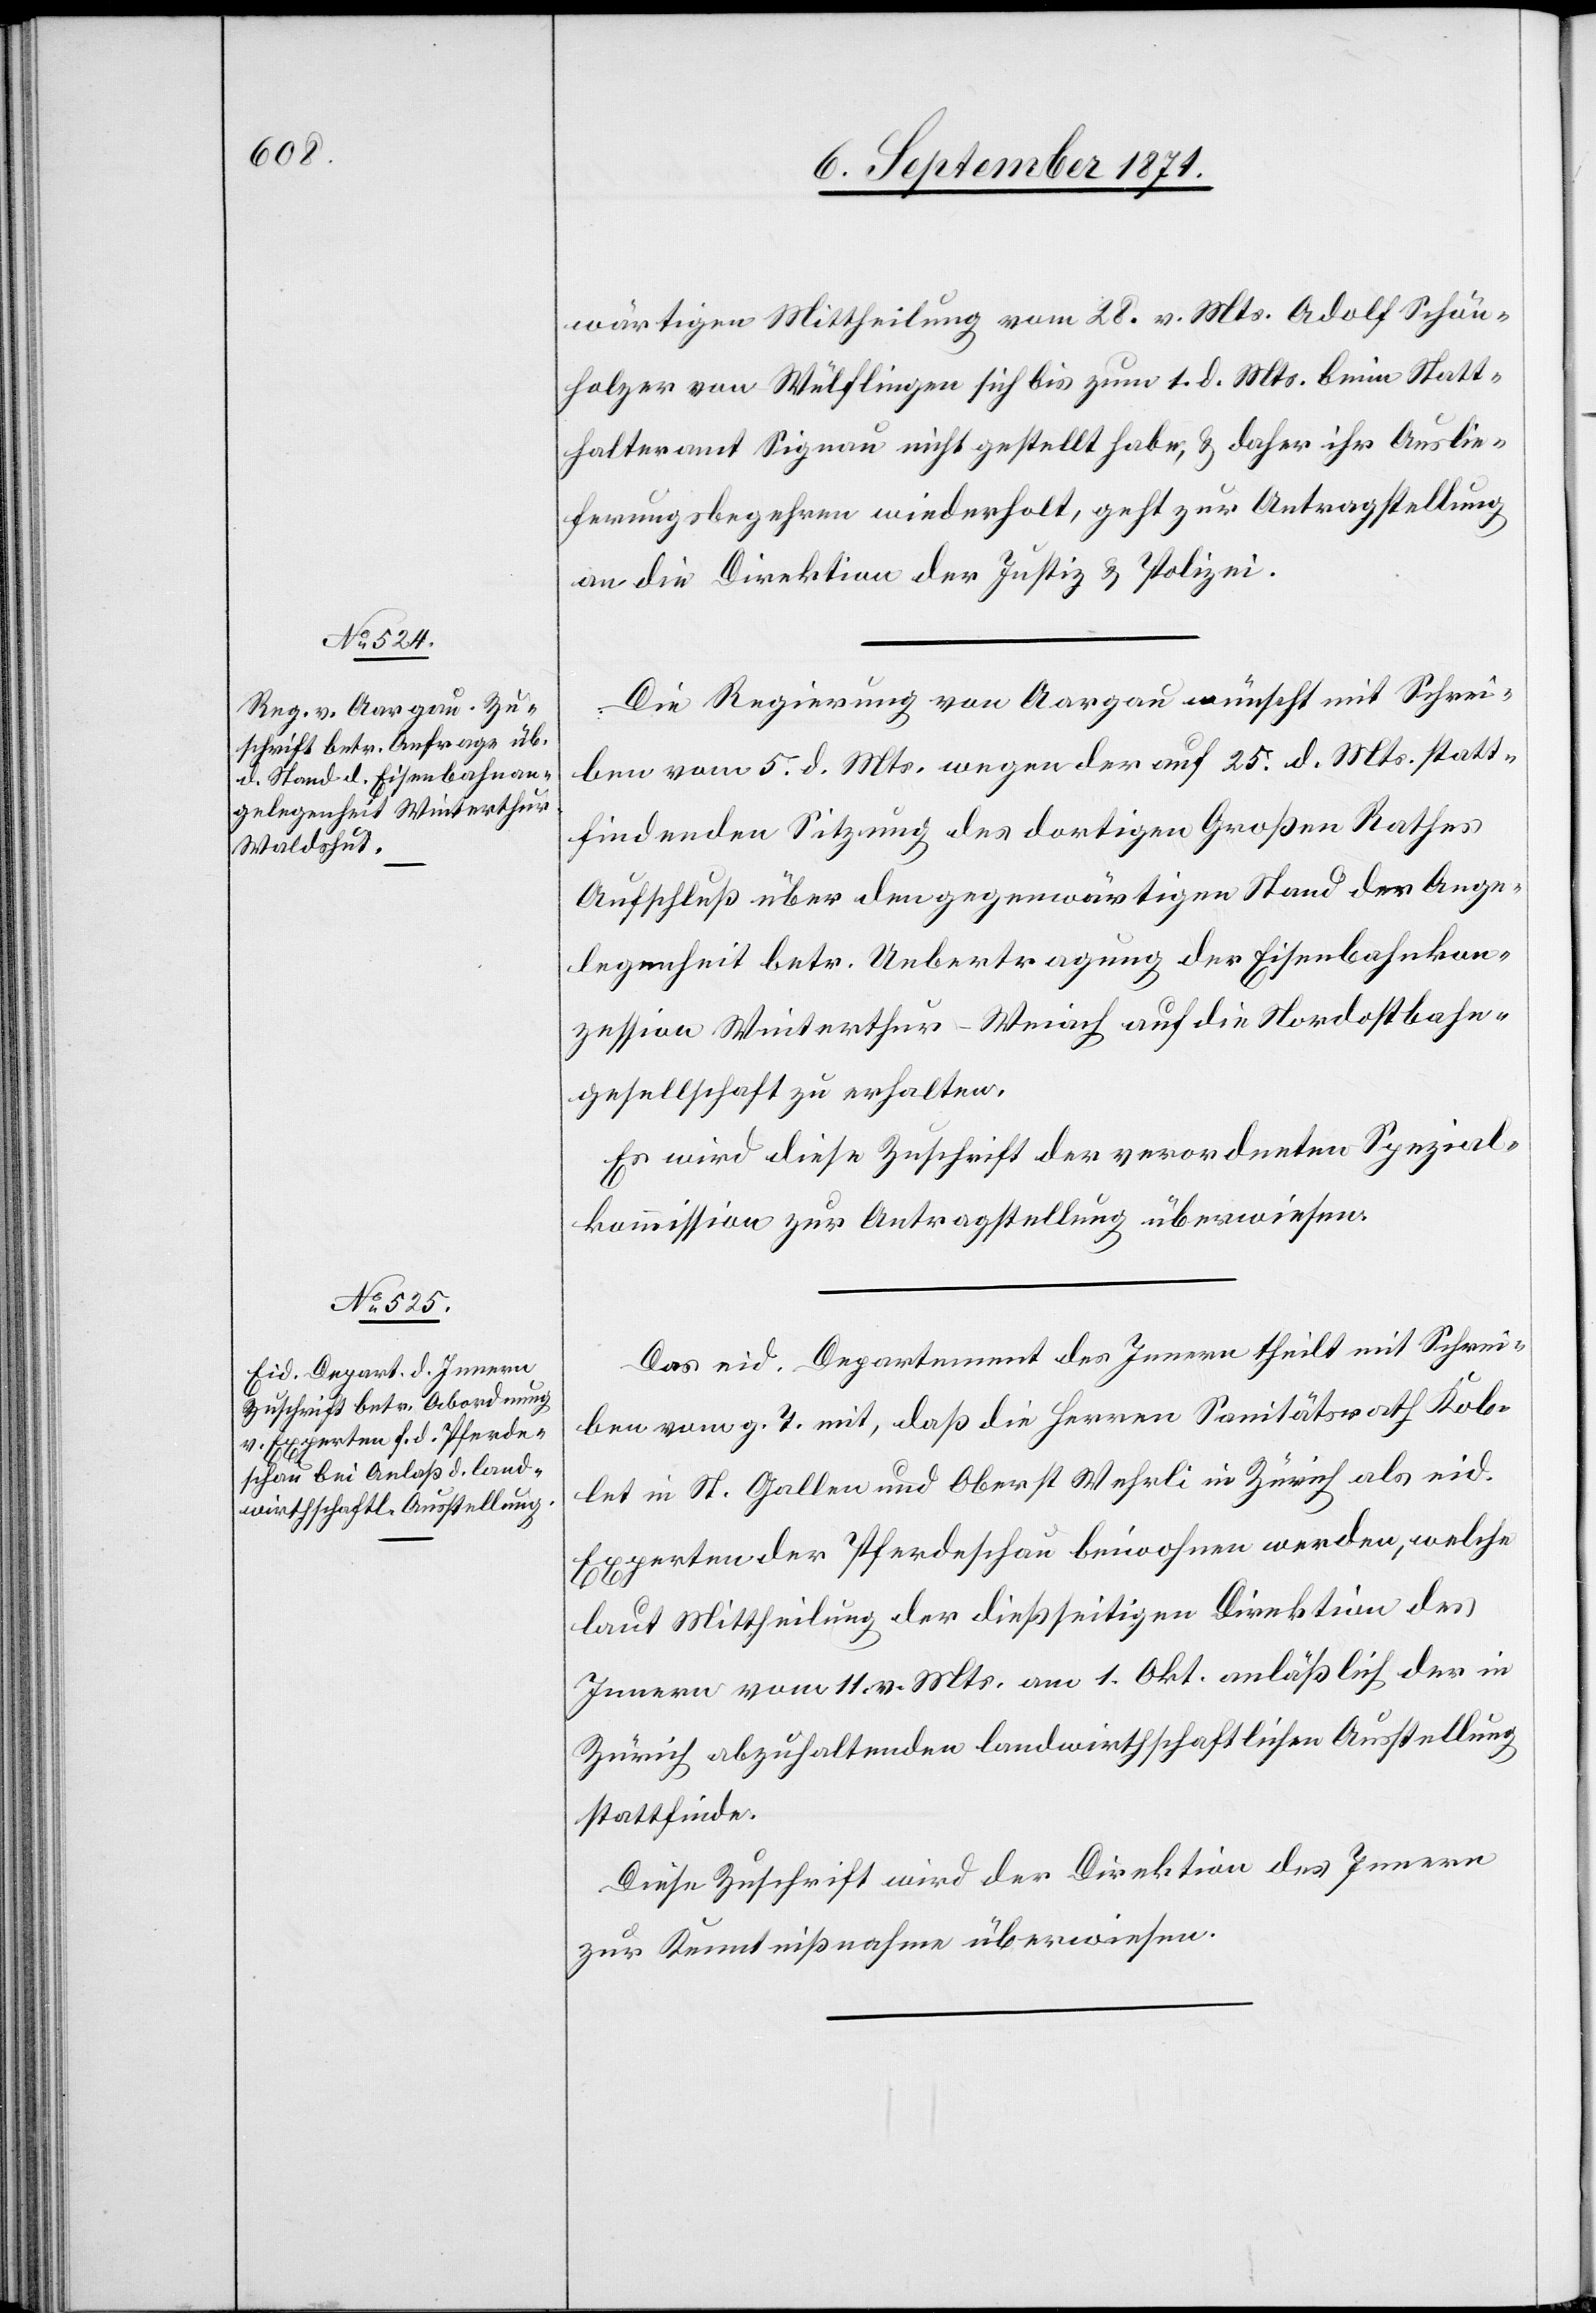
7. September 1871.]
wärtigen Mittheilung vom 28. v. Mts. Adolf Schön¬
holzer von Wülflingen sich bis zum 1. d. Mts. beim Statt¬
halteramt Signau nicht gestellt habe, & daher ihr Auslie¬
ferungsbegehren wiederholt, geht zur Antragstellung
an die Direktion der Justiz & Polizei.
Die Regierung von Aargau wünscht mit Schrei¬
ben vom 5. d. Mts. wegen der auf 25. d. Mts. statt¬
findenden Sitzung des dortigen Großen Rathes
Aufschluß über den gegenwärtigen Stand der Ange¬
legenheit betr. Uebertragung der Eisenbahnkon¬
zession Winterthur–Weiach auf die Nordostbahn¬
gesellschaft zu erhalten.
Es wird diese Zuschrift der verordneten Spezial¬
kommission zur Antragstellung überwiesen.
Das eid. Departement des Innern theilt mit Schrei¬
ben vom g. T. mit, daß die Herren Sanitätsrath Kob¬
let in St. Gallen und Oberst Wehrli in Zürich als eid.
Experten der Pferdeschau beiwohnen werden, welche
laut Mittheilung der dießseitigen Direktion des
Innern vom 11. v. Mts. am 1. Okt. anlässlich der in
Zürich abzuhaltenden landwirtschaftlichen Ausstellung
stattfinde.
Diese Zuschrift wird der Direktion des Innern
zur Kenntnißnahme überwiesen.